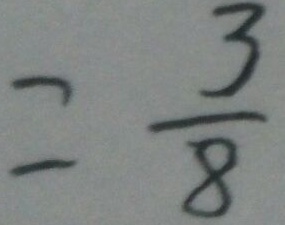
= \frac { 3 } { 8 }